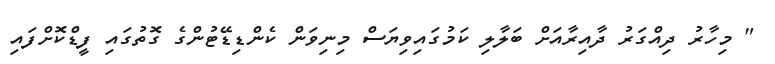
" މިހާރު ދިއްގަރު ދާއިރާއަށް ބަލާލި ކަމުގައިވިޔަސް މިނިވަން ކެންޑިޑޭޓުންގެ ގޮތުގައި ފީޑްކޮށްފައި